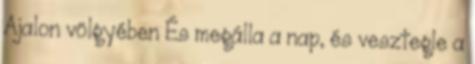
Ajalon völgyében És megálla a nap, és vesztegle a